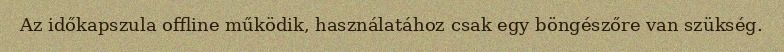
Az időkapszula offline működik, használatához csak egy böngészőre van szükség.